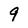
Character: 9